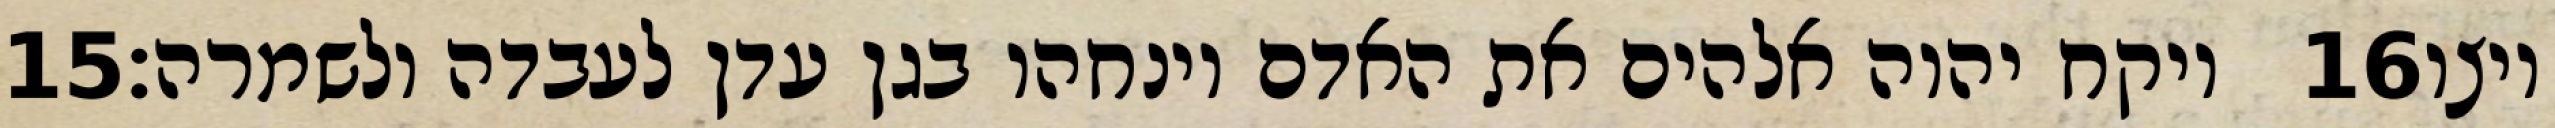
‎15‏ ויקח יהוה אלהים את האדם וינחהו בגן עדן לעבדה ולשמרה׃ ‎16‏ ויצו